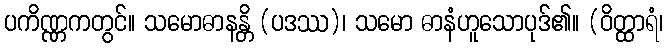
ပကိဏ္ဏကတွင်။ သမောဓာနန္တိ (ပဒဿ)၊ သမော ဓာနံဟူသောပုဒ်၏။ (ဝိတ္ထာရံ၊